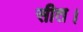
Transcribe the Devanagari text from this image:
सीत।